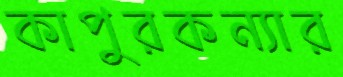
কাপুরকন্যার